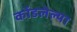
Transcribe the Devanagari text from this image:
कोंडलेल्या